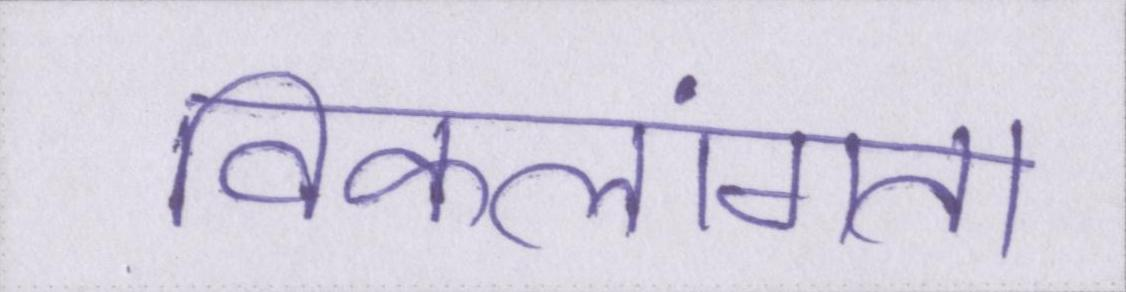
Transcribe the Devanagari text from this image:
विकलांगता